Annual administration report of the Civil Veterinary Department of India - 1895-1896
Year: 1895
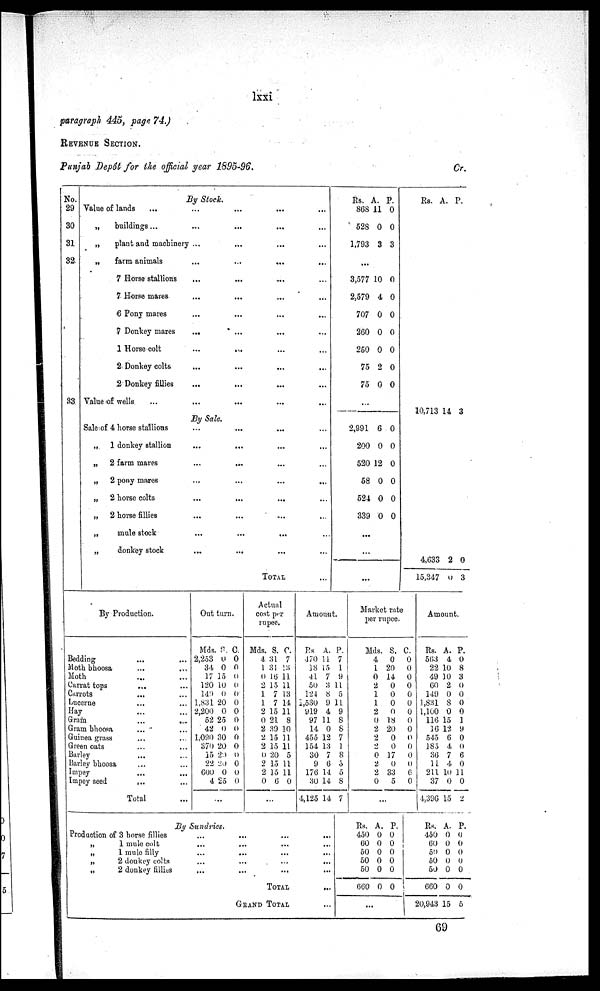
lxxi
paragraph 445, page 74.)
REVENUE SECTION.
Punjab Depot for the official year 1895-96.
Cr.
No.
29
30
31
32
33
By Stock.
Value of lands
...
...
...
...
...
„
buildings ...
...
...
...
...
„
plant and machinery ...
...
...
...
„
farm animals
...
...
...
...
7 Horse stallions
...
...
... ...
7 Horse mares
...
...
...
...
6 Pony mares
...
...
...
...
7 Donkey mares
...
...
...
...
1 Horse colt
...
...
...
...
2 Donkey colts
...
...
...
...
2 Donkey fillies ...
...
......
Value of wells ...
By Sale.
Sale of 4 horse stallions
...
...... ...
„
1 donkey stallion
...
...
...
...
„
2 farm mares
...
...
...
„
2 pony mares
...
...
...
...
„
2 horse colts
...
...
...
...
„
2 horse fillies...
...
...
...
„
mule stock...
...
... ...
„
donkey stock
...
...
... ...
TOTAL...
Rs.
868
528
1,793
A.
11
0
3
P.
0
0
3
...
3,577
2,579
707
260
250
75
75
2,991
200
520
58
524
339
10
4
0
0
0
2
0
6
0
12
0
0
0
0
0
0
0
0
0
0
0
0
0
0
0
0
...
...
Rs. A. P.
10,713 14 3
4,633
15,347
2
0
0
3
By Production.
Bedding ... ...
Moth bhoosa ... ...
Moth ... ...
Carrat tops ... ...
Carrots ... ...
Lucerne ... ...
Hay ... ...
Gram ... ...
Gram bhoosa ... ...
Guinea grass ... ...
Green oats ... ...
Barley ... ...
Barley bhoosa ...
Impey
... ...
Impey seed
... ...
Total...
Out turn.
Mds.
2,253
34
17
120
149
1,831
2,200
52
42
1,090
370
15
22
600
4
S.
0
0
15
10
0
20
0
25
0
30
20
20
20
0
25
C.
0
0
0
0
0
0
0
0
0
0
0
0
0
0
0
...
Actual
cost per
rupee.
Mds.
4
1
0
2
1
1
2
0
2
2
2
0
2
2
0
S.
31
31
16
15
7
7
15
21
39
15
15
20
15
15
6
C.
7
13
11
11
13
14
11
8
10
11
11
5
11
11
0
...
Amount.
Rs.
170
18
41
50
124
1,530
919
97
14
455
154
30
9
176
30
4,125
A.
11
15
7
3
8
9 1
4
11
0
12
13
7
6
14
14
14
P.
7
1
9
11
5
1
9
8
8
7
1
8
5
5
8
7
Market rate
per rupee.
Mds.
4
1
0
2
1
1
2
0
2
2
2
0
2
2
0
S.
0
20
14
0
0
0
0
18
20
0
0
17
0
33
5
C.
0
0
0
0
0
0
0
0
0
0
0
0
0
6
0
...
Amount.
Rs.
563
22
49
60
149
1,831
1,100
116
16
545
185
36
11
211
37
4,396
A.
4
10
10
2
0
8
0
15
12
6
4
7
4
10 1
0
15
P.
0
8
3
0
0
0
0
1
9
0
0
6
0
1
0
2
By Sundries.
Productionof 3 horse fillies...
...
...
...
1 mule
colt...
...
...
...
„1
mule
filly
...
...
...
...
...
2 donkey colts
...
...
...
„2
donkey
fillies
...
...
...
...
TOTAL...
GRAND TOTAL
Rs.
450
60
50
50
50
660
A.
0
0
0
0
0
0
P.
0
0
0
0
0
0
...
Rs.
450
60
50
50
50
660
20,943
A.
0
0
0
0
0
0
15
P.
6
0
0
0
0
0
5
69